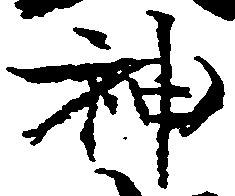
神